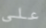
على